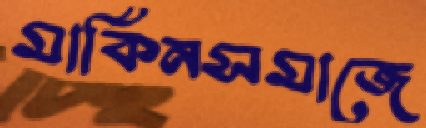
মার্কিনসমাজে